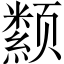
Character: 颣